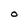
Character: O